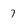
Character: 7